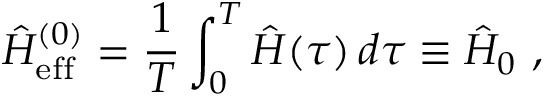
\hat { H } _ { \mathrm { e f f } } ^ { ( 0 ) } = \frac { 1 } { T } \int _ { 0 } ^ { T } \hat { H } ( \tau ) \, d \tau \equiv \hat { H } _ { 0 } ~ ,